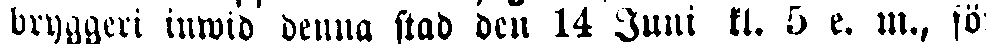
bryggeri inwid denna stad den 14 Juni kl. 5 e. m., sö